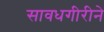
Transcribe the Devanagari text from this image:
सावधगीरीने